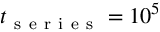
t _ { \mathrm { ~ s ~ e ~ r ~ i ~ e ~ s ~ } } = 1 0 ^ { 5 }